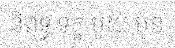
និពទ្ធ ទុក្ខ មួយ ប៉ុន